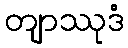
တျာဿုဒံ